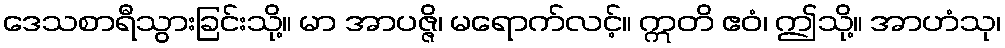
ဒေသစာရီသွားခြင်းသို့။ မာ အာပဇ္ဇိ၊ မရောက်လင့်။ ဣတိ ဧဝံ၊ ဤသို့။ အာဟံသု၊